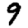
Digit: 9